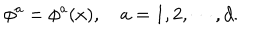
\phi ^ { a } = \phi ^ { a } ( x ) , \quad a = 1 , 2 , \cdots , d .